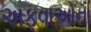
અફવાઓના